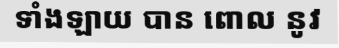
ទាំងឡាយ បាន ពោល នូវ